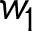
w _ { 1 }